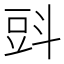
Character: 㪷